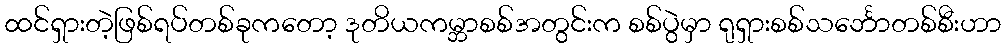
ထင်ရှားတဲ့ဖြစ်ရပ်တစ်ခုကတော့ ဒုတိယကမ္ဘာစစ်အတွင်းက စစ်ပွဲမှာ ရုရှားစစ်သင်္ဘောတစ်စီးဟာ